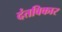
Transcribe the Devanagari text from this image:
दंतविकार